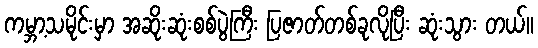
ကမ္ဘာ့သမိုင်းမှာ အဆိုးဆုံးစစ်ပွဲကြီး ပြဇာတ်တစ်ခုလိုပြီး ဆုံးသွား တယ်။